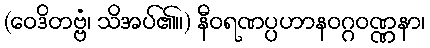
(ဝေဒိတဗ္ဗံ၊ သိအပ်၏။) နီဝရဏပ္ပဟာနဝဂ္ဂဝဏ္ဏနာ၊